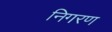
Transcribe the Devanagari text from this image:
निगरण